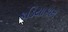
કડિયાકામ